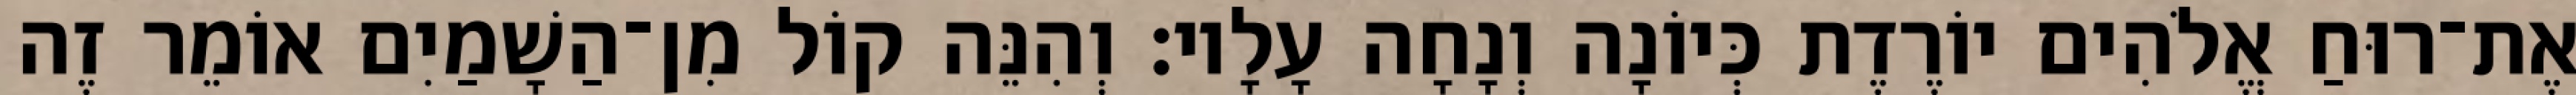
אֶת־רוּחַ אֱלֹהִים יוֹרֶדֶת כְּיוֹנָה וְנָחָה עָלָיו׃ וְהִנֵּה קוֹל מִן־הַשָׁמַיִם אוֹמֵר זֶה